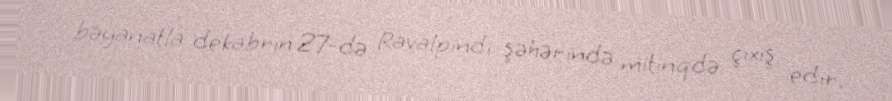
bəyanatla dekabrın 27-də Ravalpindi şəhərində mitinqdə çıxış edir.